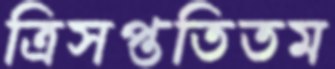
ত্রিসপ্ততিতম